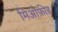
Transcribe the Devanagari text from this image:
मिओफ़ीड